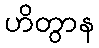
ဟိတွာန